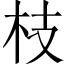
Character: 枝